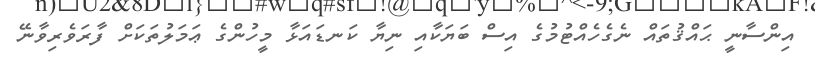
އިންސާނީ ޙައްޤުތައް ނެގެހެއްޓުމުގެ އިސް ބަޔަކާއި ނިޔާ ކަނޑައަޅާ މީހުންގެ ޢަމަލުތަކަށް ފާރަވެރިވާނޭ